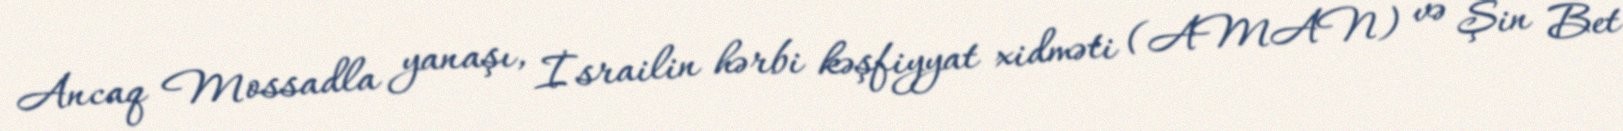
Ancaq Mossadla yanaşı, İsrailin hərbi kəşfiyyat xidməti (AMAN) və Şin Bet